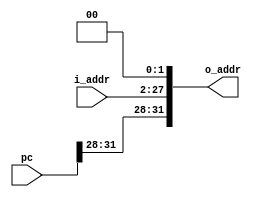
// pc???????
// @param pc ??????pc??
// @param i_addr ?????
// @param o_addr ?????

module PCJump(pc, i_addr, o_addr);
  input [31:0] pc;
  input [25:0] i_addr;
  output reg[31:0] o_addr;
  reg [27:0] mid; // ???????
  // ??????????pc[31:28]???26???i_addr[27:2], ????0
  always @(i_addr) begin
     mid = i_addr << 2;
     o_addr <= {pc[31:28], mid[27:0]};
  end
endmodule